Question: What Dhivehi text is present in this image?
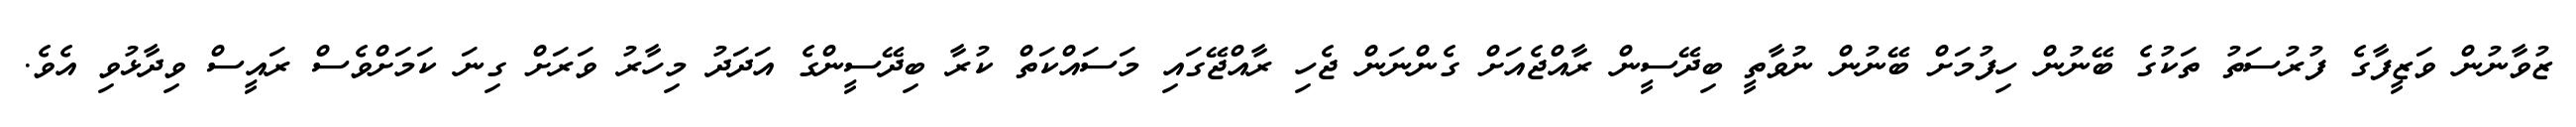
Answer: ޒުވާނުން ވަޒީފާގެ ފުރުސަތު ތަކުގެ ބޭނުން ހިފުމަށް ބޭނުން ނުވާތީ ބިދޭސީން ރާއްޖެއަށް ގެންނަން ޖެހި ރާއްޖޭގައި މަސައްކަތް ކުރާ ބިދޭސީންގެ އަދަދު މިހާރު ވަރަށް ގިނަ ކަމަށްވެސް ރައީސް ވިދާޅުވި އެވެ.